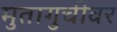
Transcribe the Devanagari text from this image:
मुतागुचीवर